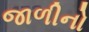
જાળીનો